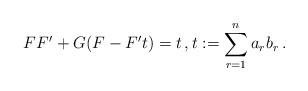
LaTeX: \begin{align*} FF'+G(F-F' t)=t\,, t:=\sum_{r=1}^n a_rb_r\,.\end{align*}